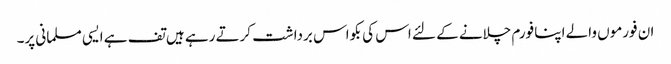
ان فورموں والے اپنا فورم چلانے کے لئے اس کی بکواس برداشت کرتے رہے ہیں تف ہے ایسی مسلمانی پر۔